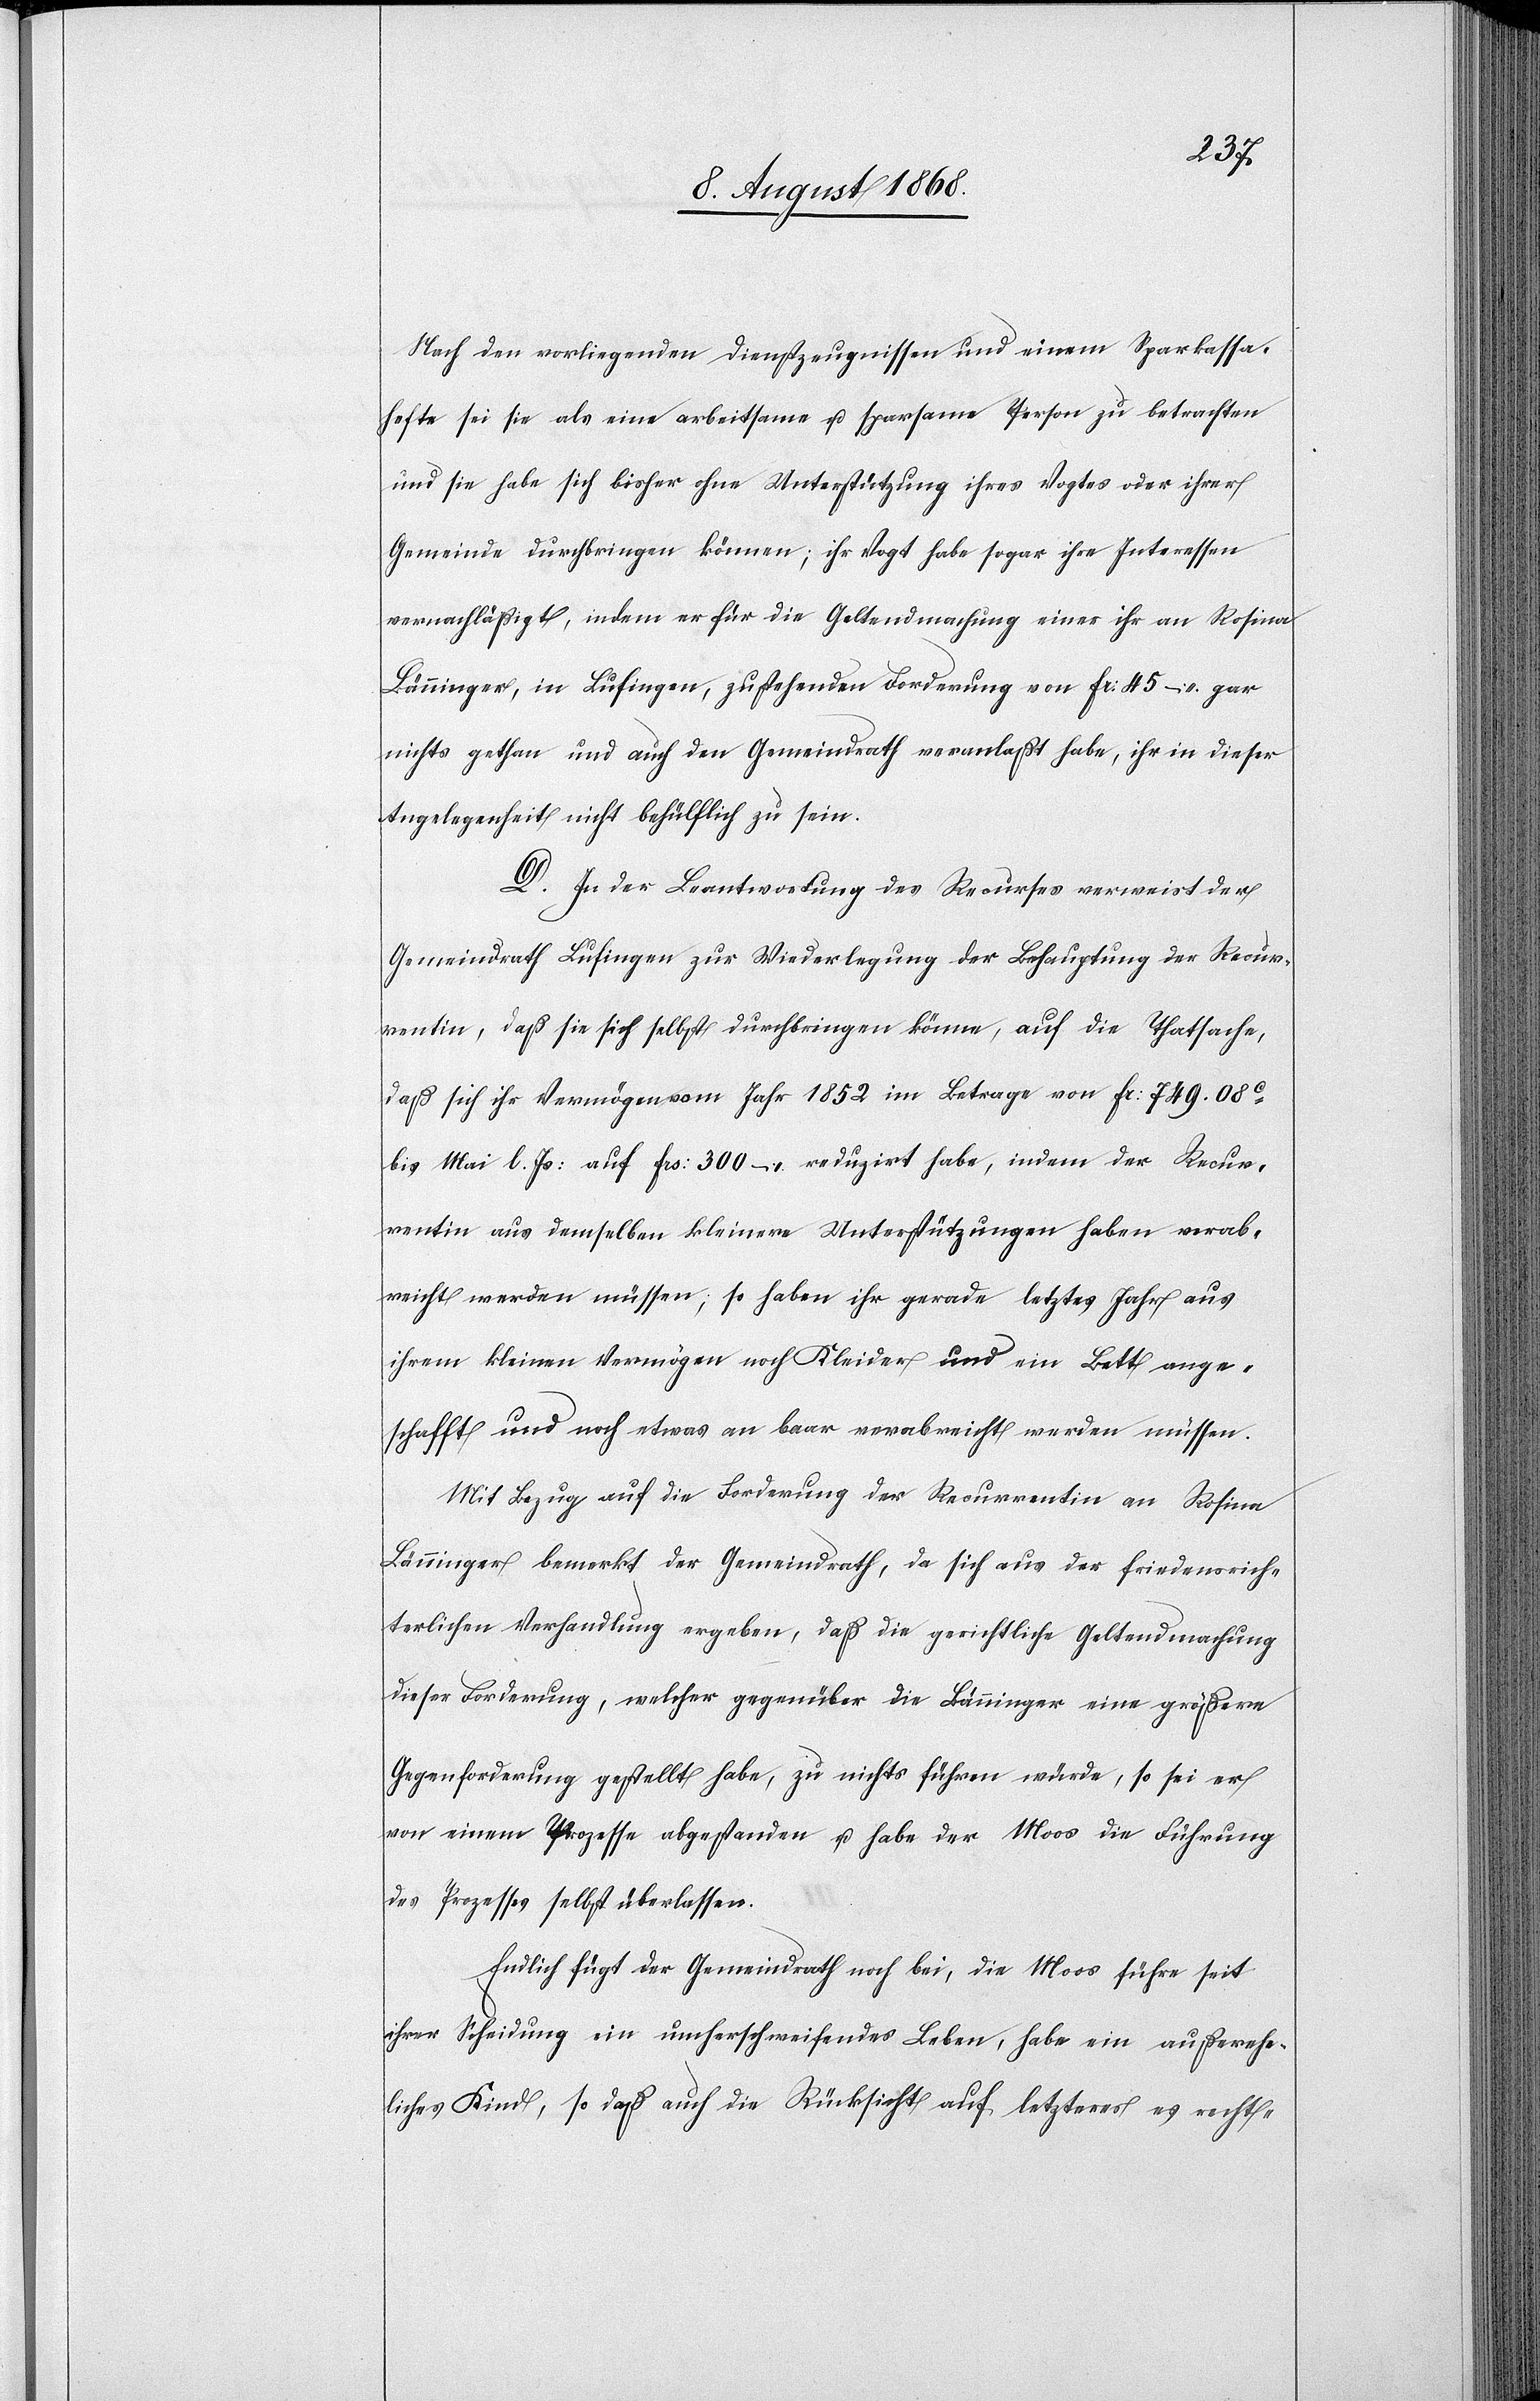
Nach den vorliegenden Dienstzeugnissen und einem Sparkassa¬
hefte sei sie als eine arbeitsame u. sparsame Person zu betrachten
und sie habe sich bisher ohne Unterstützung ihres Vogtes oder ihrer
Gemeinde durchbringen können; ihr Vogt habe sogar ihre Interessen
vernachläßigt, indem er für die Geltendmachung einer ihr an Rosina
Bänninger, in Lufingen, zustehenden Forderung von Fr: 45 – gar
nichts gethan und auch den Gemeindrath veranlaßt habe, ihr in dieser
Angelegenheit nicht behülflich zu sein.
D. In der Beantwortung des Recurses verweist der
Gemeindrath Lufingen zur Wiederlegung der Behauptung der Recur¬
rentin, daß sie sich selbst durchbringen könne, auf die Thatsache,
daß sich ihr Vermögen vom Jahr 1852 im Betrage von Fr: 749. 08c
bis Mai l. Js: auf Frs: 300 – reduzirt habe, indem der Recur¬
rentin aus demselben kleinere Unterstützungen haben verab¬
reicht werden müssen; so haben ihr gerade letztes Jahr aus
ihrem kleinen Vermögen noch Kleider und ein Bett ange¬
schafft und noch etwas an baar verabreicht werden müssen.
Mit Bezug auf die Forderung der Recurrentin an Rosina
Bänninger bemerkt der Gemeindrath, da sich aus der friedensrich¬
terlichen Verhandlung ergeben, daß die gerichtliche Geltendmachung
dieser Forderung, welcher gegenüber die Bänninger eine größere
Gegenforderung gestellt habe, zu nichts führen würde, so sei er
von einem Prozesse abgestanden u. habe der Moos die Führung
des Prozesses selbst überlassen.
Endlich fügt der Gemeindrath noch bei, die Moos führe seit
ihrer Scheidung ein umherschweifendes Leben, habe ein außerehe¬
liches Kind, so daß auch die Rücksicht auf letzteres es recht-